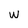
Character: W